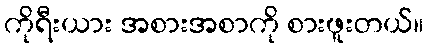
ကိုရီးယား အစားအစာကို စားဖူးတယ်။